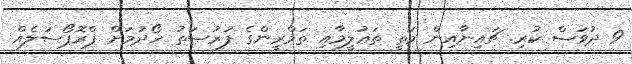
9 ދުވަސް ކުރި. ޗައިނާއިން މަތީ ތަޢުލީމާއި ތަމްރީންގެ ފުރުޞަތު ހޯދުމަށް ޕްރޮޕޯސަލެއް